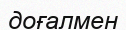
доғалмен